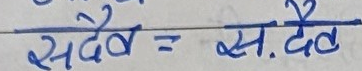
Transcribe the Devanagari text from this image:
सदैव = स.देव